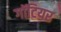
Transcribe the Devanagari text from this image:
गॉटियर